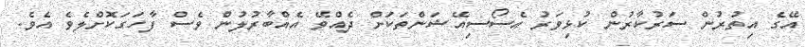
އޭގެ އިތުރުން ސަރުކާރުން ކުޅިވަރު އެސޯސިއޭޝަންތަކަށް ދެއްވޭ އެއްބާރުލުން ވެސް ފާހަގަކޮށްލެވެ އެވެ.